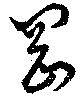
岡